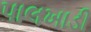
પાલખાડી